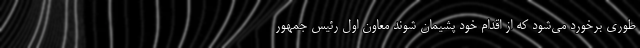
طوری برخورد می‌شود که از اقدام خود پشیمان شوند معاون اول رئیس جمهور